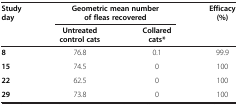
<table><thead><tr><td rowspan="2"><b>Study day</b></td><td colspan="2"><b>Geometric mean number of fleas recovered</b></td><td rowspan="2"><b>Efficacy (%)</b></td></tr><tr><td><b>Untreated control cats</b></td><td><b>Collared cats*</b></td></tr></thead><tbody><tr><td><b>8</b></td><td>76.8</td><td>0.1</td><td>99.9</td></tr><tr><td><b>15</b></td><td>74.5</td><td>0</td><td>100</td></tr><tr><td><b>22</b></td><td>62.5</td><td>0</td><td>100</td></tr><tr><td><b>29</b></td><td>73.8</td><td>0</td><td>100</td></tr></tbody></table>